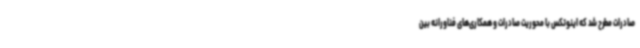
صادرات مطرح شد که اینوتکس با محوریت صادرات و همکاری‌های فناورانه بین